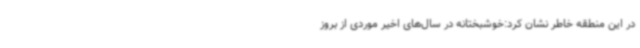
در این منطقه خاطر نشان کرد:خوشبختانه در سال‌های اخیر موردی از بروز